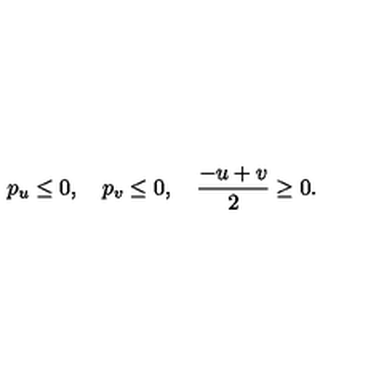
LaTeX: p _ { u } \leq 0 , \quad p _ { v } \leq 0 , \quad \frac { - u + v } { 2 } \geq 0 .